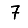
Digit: 7